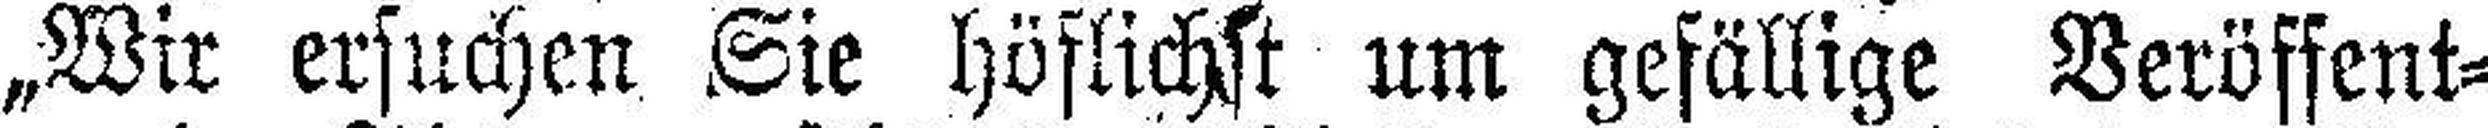
„Wir ersuchen Sie höflichst um gefällige Veröffent¬